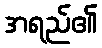
အရည်၏